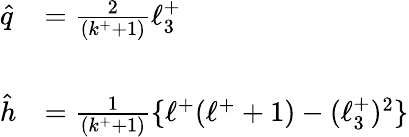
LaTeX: \begin{array}{ll}{{\hat{q}}}&{{=\frac{2}{(k^{+}+1)}\ell_{3}^{+}}}\\ {{}}&{{}}\\ {{\hat{h}}}&{{=\frac{1}{(k^{+}+1)}\{ \ell^{+}(\ell^{+}+1)-(\ell_{3}^{+})^{2}\} }}\end{array}